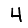
Digit: 4